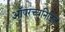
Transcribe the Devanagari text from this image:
ऑपरच्युनिटिज़